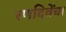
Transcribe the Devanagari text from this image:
रणदिवेंचा